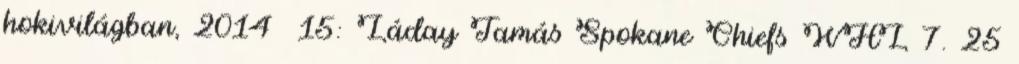
hokivilágban, 2014 15: Láday Tamás Spokane Chiefs WHL 7. 25